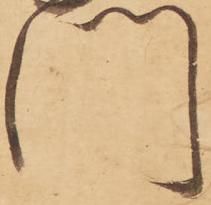
門